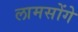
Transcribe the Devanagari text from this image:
लामसोंगे